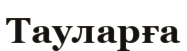
Тауларға